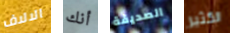
الالاف أنك الصديقة الكثير